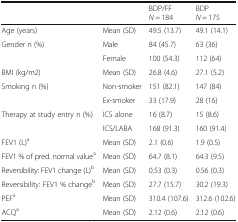
| <COLSPAN=2>  | BDP/FFN = 184 | BDPN = 175 |
 | --- | --- | --- | --- |
 | Age (years) | Mean (SD) | 49.5 (13.7) | 49.1 (14.1) |
 | <ROWSPAN=2> Gender n (%) | Male | 84 (45.7) | 63 (36) |
 | Female | 100 (54.3) | 112 (64) |
 | BMI (kg/m2) | Mean (SD) | 26.8 (4.6) | 27.1 (5.2) |
 | <ROWSPAN=2> Smoking n (%) | Non-smoker | 151 (82.1) | 147 (84) |
 | Ex-smoker | 33 (17.9) | 28 (16) |
 | <ROWSPAN=2> Therapy at study entry n (%) | ICS alone | 16 (8.7) | 15 (8.6) |
 | ICS/LABA | 168 (91.3) | 160 (91.4) |
 | FEV1 (L)a | Mean (SD) | 2.1 (0.6) | 1.9 (0.5) |
 | FEV1 % of pred. normal valuea | Mean (SD) | 64.7 (8.1) | 64.3 (9.5) |
 | Reversibility: FEV1 change (L)b | Mean (SD) | 0.53 (0.3) | 0.56 (0.3) |
 | Reversibility: FEV1 % changeb | Mean (SD) | 27.7 (15.7) | 30.2 (19.3) |
 | PEFa | Mean (SD) | 310.4 (107.6) | 312.6 (102.6) |
 | ACQa | Mean (SD) | 2.12 (0.6) | 2.12 (0.6) |